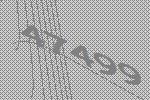
47499